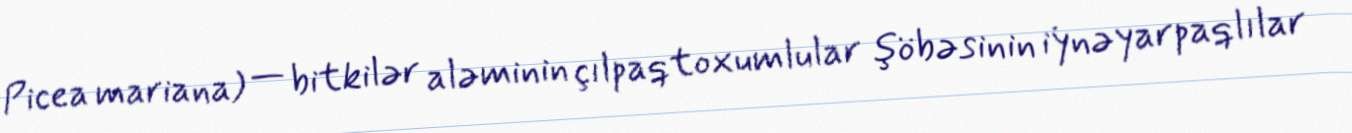
Picea mariana) — bitkilər aləminin çılpaqtoxumlular şöbəsinin i̇ynəyarpaqlılar